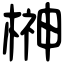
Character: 榊